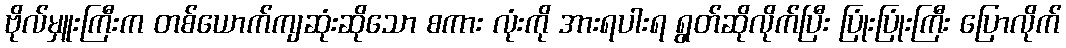
ဗိုလ်မှူးကြီးက တစ်ယောက်ကျဆုံးဆိုသော စကား လုံးကို အားရပါးရ ရွတ်ဆိုလိုက်ပြီး ပြုံးပြုံးကြီး ပြောလိုက်